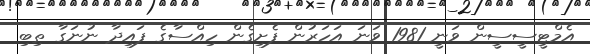
އެމްޓީސީސީން ވަނީ 1981 ވަނަ އަހަރުން ފެށިގެން ހިއްސާގެ ފައިދާ ނުނަގާ ތިބި